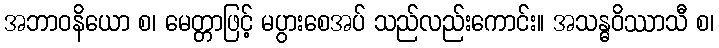
အဘာဝနိယော စ၊ မေတ္တာဖြင့် မပွားစေအပ် သည်လည်းကောင်း။ အသန္ဓဝိဿာသီ စ၊